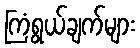
ကြံရွယ်ချက်များ